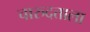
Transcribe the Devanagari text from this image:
चारुदत्ताला